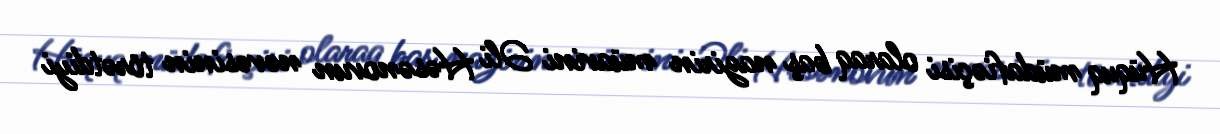
Hüquq müdafiəçisi olaraq baş nazirin müavini Əli Həsənovun nəvəsinin törətdiyi